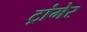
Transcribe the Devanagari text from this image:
ट्रांमेर